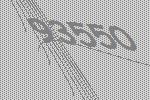
93550